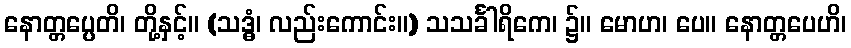
နောတ္တပ္ပေတိ၊ တို့နှင့်။ (သဒ္ဓံ၊ လည်းကောင်း။) သသင်္ခါရိကေ၊ ၌။ မောဟ၊ ပေ။ နောတ္တပေဟိ၊